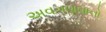
અવગણવાનો